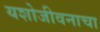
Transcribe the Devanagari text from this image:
यशोजीवनाचा